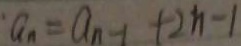
a _ { n } = a _ { n - 1 } + 2 n - 1